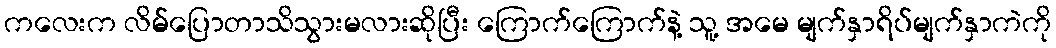
ကလေးက လိမ်ပြောတာသိသွားမလားဆိုပြီး ကြောက်ကြောက်နဲ့ သူ့ အမေ မျက်နှာရိပ်မျက်နှာကဲကို